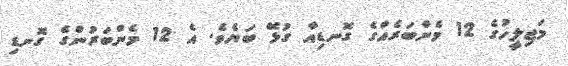
މަޖިލީހުގެ 12 މެންބަރެއްގެ ގޮނޑިއާ ގުޅޭ ބަޔެވެ. އެ 12 މެންބަރުންގެ ގޮނޑި